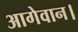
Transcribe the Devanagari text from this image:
आगेवान।